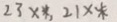
2 3 \times \ast , 2 1 \times \ast